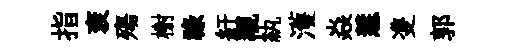
指衮殤榭禄紆覯紈濩焱慧㕠郭